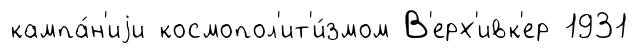
кампа́н'иjи космопол'ит'и́змом В'ерх'ивк'ер 1931